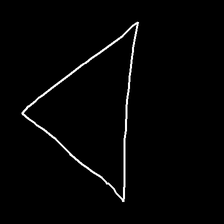
Glyph: convergence